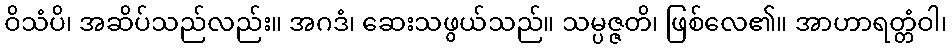
ဝိသံပိ၊ အဆိပ်သည်လည်း။ အဂဒံ၊ ဆေးသဖွယ်သည်။ သမ္ပဇ္ဇတိ၊ ဖြစ်လေ၏။ အာဟာရတ္တံဝါ၊